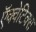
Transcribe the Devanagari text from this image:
ऍक्वेटिक्स